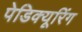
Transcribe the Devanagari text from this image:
पेडिक्यूरिंग